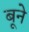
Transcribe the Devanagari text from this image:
बूने